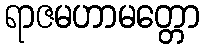
ရာဇမဟာမတ္တော